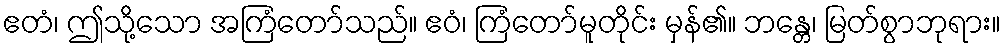
ဧတံ၊ ဤသို့သော အကြံတော်သည်။ ဧဝံ၊ ကြံတော်မူတိုင်း မှန်၏။ ဘန္တေ၊ မြတ်စွာဘုရား။